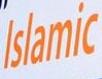
islamic